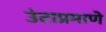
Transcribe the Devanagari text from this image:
उंटाप्रमाणे